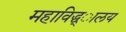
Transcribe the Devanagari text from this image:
महाविद्ध्ालय